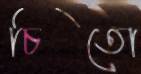
চিতো